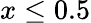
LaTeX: x\leq 0.5